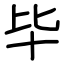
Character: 毕